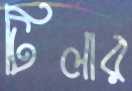
টিলার